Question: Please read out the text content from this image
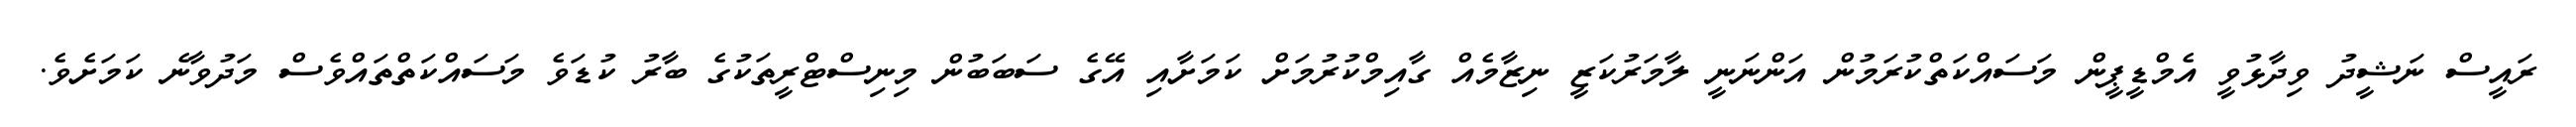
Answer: ރައީސް ނަޝީދު ވިދާޅުވީ އެމްޑީޕީން މަސައްކަތްކުރަމުން އަންނަނީ ލާމަރުކަޒީ ނިޒާމެއް ގާއިމްކުރުމަށް ކަމަށާއި އޭގެ ސަބަބުން މިނިސްޓްރީތަކުގެ ބާރު ކުޑަވެ މަސައްކަތްތައްވެސް މަދުވާނެ ކަމަށެވެ.